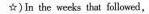
☆)In the wecks that followed,